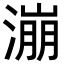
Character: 漰